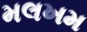
મલખમ